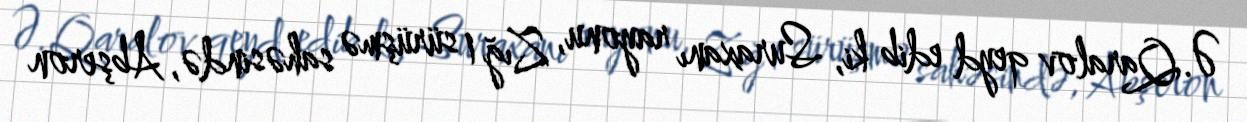
Ə.Qaralov qeyd edib ki, Suraxanı rayonu, Zığ 1 sürüşmə sahəsində, Abşeron